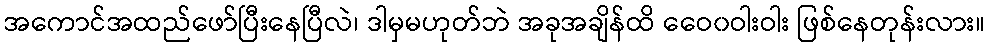
အကောင်အထည်ဖော်ပြီးနေပြီလဲ၊ ဒါမှမဟုတ်ဘဲ အခုအချိန်ထိ ဝေေ၀ဝါးဝါး ဖြစ်နေတုန်းလား။